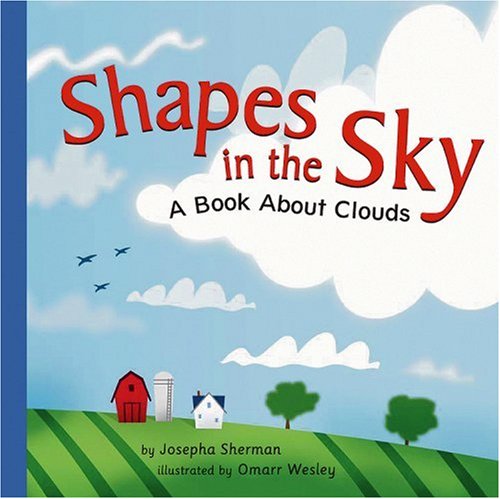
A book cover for Shapes in the Sky: A Book About Clouds (Amazing Science: Weather); Josepha Sherman; Children's Books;